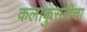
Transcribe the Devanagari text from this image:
कलाकुसरीचा